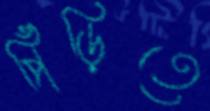
পিঁড়িতে